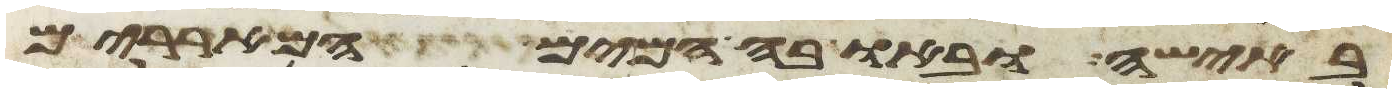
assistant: באישה ובאו בה המים המאררים